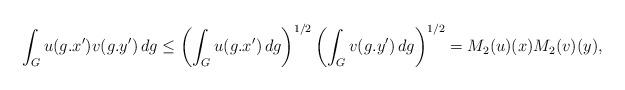
LaTeX: \begin{align*} \int_G u(g.x')v(g.y') \, dg \leq \left( \int_G u(g.x') \, dg \right)^{1/2} \left( \int_G v(g.y') \, dg \right)^{1/2} = M_2(u)(x) M_2(v)(y), \end{align*}